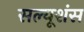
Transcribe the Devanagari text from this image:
सल्यूशंस